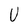
Character: U